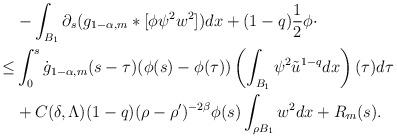
LaTeX: \begin{align*}& -\int_{B_{1}}\partial_{s}(g_{1-\alpha,m}*[\phi\psi^{2}w^{2}])dx + (1-q)\frac{1}{2}\phi \cdot \\\leq & \int_{0}^{s}\dot{g}_{1-\alpha,m}(s-\tau)(\phi(s)-\phi(\tau))\left( \int_{B_{1}}\psi^{2}\tilde{u}^{1-q}dx \right)(\tau)d\tau \\& + C(\delta,\Lambda)(1-q)(\rho-\rho')^{-2\beta}\phi(s)\int_{\rho B_{1}}w^{2}dx + R_{m}(s).\end{align*}